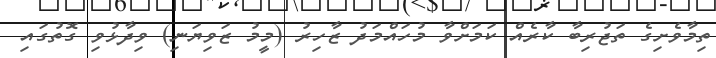
ތިމާވެށިގެ ތަޖުރިބާ ކާރެއް ކަމަށްވާ މުހައްމަދު ޒާހިރު (މީމު ޒަވިޔަނި) ވިދާޅުވި ގޮތުގައި